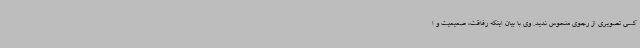
کسی تصویری از رجوی منحوس ندید. وی با بیان اینکه رفاقت، صمیمیت و ا